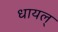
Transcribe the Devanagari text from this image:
धायल्